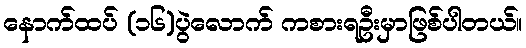
နောက်ထပ် (၁၆)ပွဲလောက် ကစားရဦးမှာဖြစ်ပါတယ်။